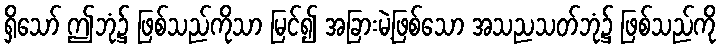
ရှိသော် ဤဘုံ၌ ဖြစ်သည်ကိုသာ မြင်၍ အခြားမဲ့ဖြစ်သော အသညသတ်ဘုံ၌ ဖြစ်သည်ကို